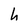
Character: h